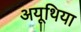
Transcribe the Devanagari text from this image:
अयूथिया